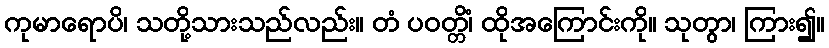
ကုမာရောပိ၊ သတို့သားသည်လည်း။ တံ ပဝတ္တိံ၊ ထိုအကြောင်းကို။ သုတွာ၊ ကြား၍။